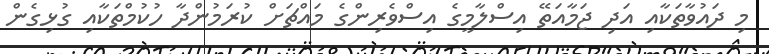
މި ދައުވާތަކާއި އަދި ޖަމާއަތޭ އިސްލާމީގެ އިސްވެރިންގެ މައްޗަށް ކުރަމުންދާ ހުކުމްތަކާއި ގުޅިގެން